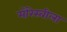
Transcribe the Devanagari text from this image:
मोरेस्बीला